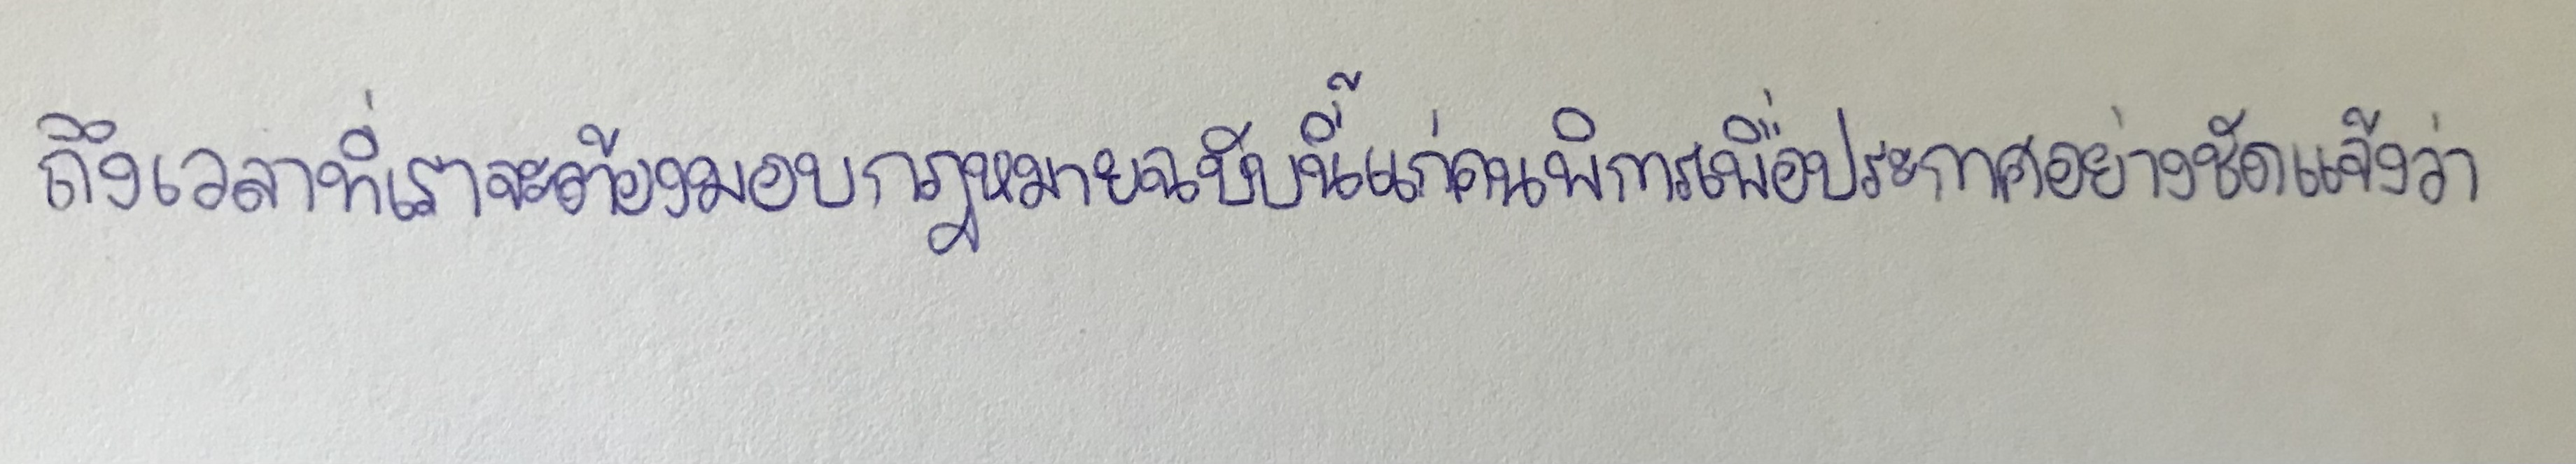
ถึงเวลาที่เราจะต้องมอบกฎหมายฉบับนี้แก่คนพิการเพื่อประกาศอย่างชัดแจ้งว่า